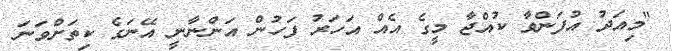
"މިއަދު އުފަންވާ ކުއްޖާ މީގެ އެއް އަހަރު ފަހުން އަންނާނީ އޭނަގެ ކިތަށްވަނަ